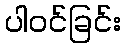
ပါဝင်ခြင်း